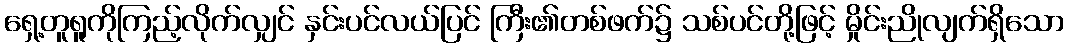
ရှေ့တူရူကိုကြည့်လိုက်လျှင် နှင်းပင်လယ်ပြင် ကြီး၏တစ်ဖက်၌ သစ်ပင်တို့ဖြင့် မှိုင်းညိုလျက်ရှိသော